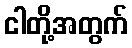
ငါတို့အတွက်